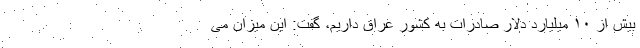
بیش از ۱۰ میلیارد دلار صادرات به کشور عراق داریم، گفت: این میزان می